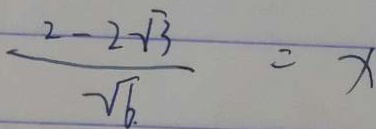
\frac { 2 - 2 \sqrt { 3 } } { 2 \sqrt { 6 } } = x